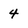
Character: 4